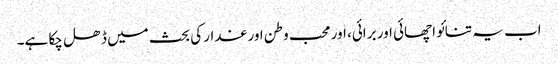
اب یہ تنائو اچھائی اور برائی، اور محب وطن اور غدار کی بحث میں ڈھل چکا ہے۔